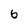
Character: 6